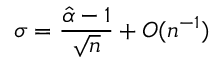
\sigma = { \frac { { \hat { \alpha } } - 1 } { \sqrt { n } } } + O ( n ^ { - 1 } )